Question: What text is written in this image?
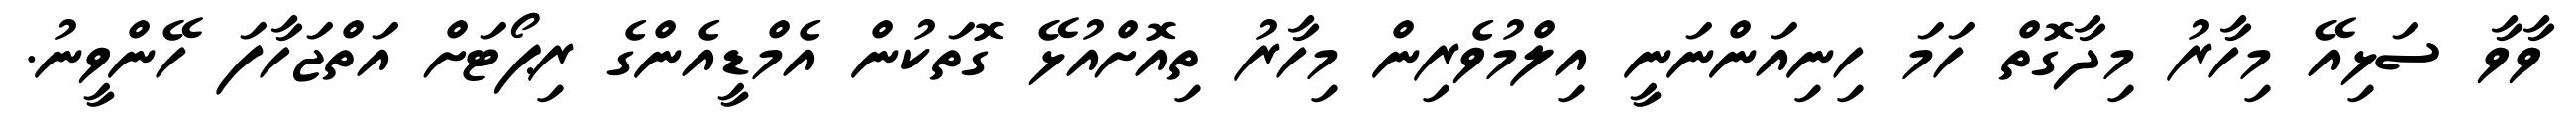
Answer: ވާވާ ސަޅިއޭ މިހާރު މިދާގޮތް ހަމަ ހިނިއަންނަނީ އިލްމުވެރިން މިހާރު ތިއޮށްއުޅޭ ގޮތަކުން އެމްޑީއެންގެ ރިޕޯޓަށް އަތްޖަހާފަ ހޭންވީނު.